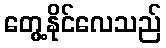
တွေ့နိုင်လေသည်